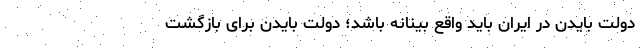
دولت بایدن در ایران باید واقع بینانه باشد؛ دولت بایدن برای بازگشت